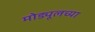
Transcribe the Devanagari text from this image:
मोड्यूलच्या